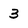
Character: 3